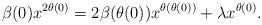
LaTeX: \begin{align*}\beta(0)x^{2\theta(0)}=2\beta(\theta(0))x^{\theta(\theta(0))}+\lambda x^{\theta(0)}.\end{align*}